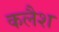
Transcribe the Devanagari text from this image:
कलैश